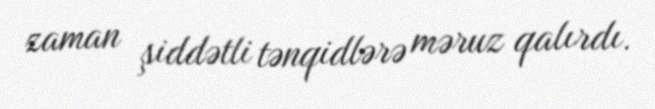
zaman şiddətli tənqidlərə məruz qalırdı.